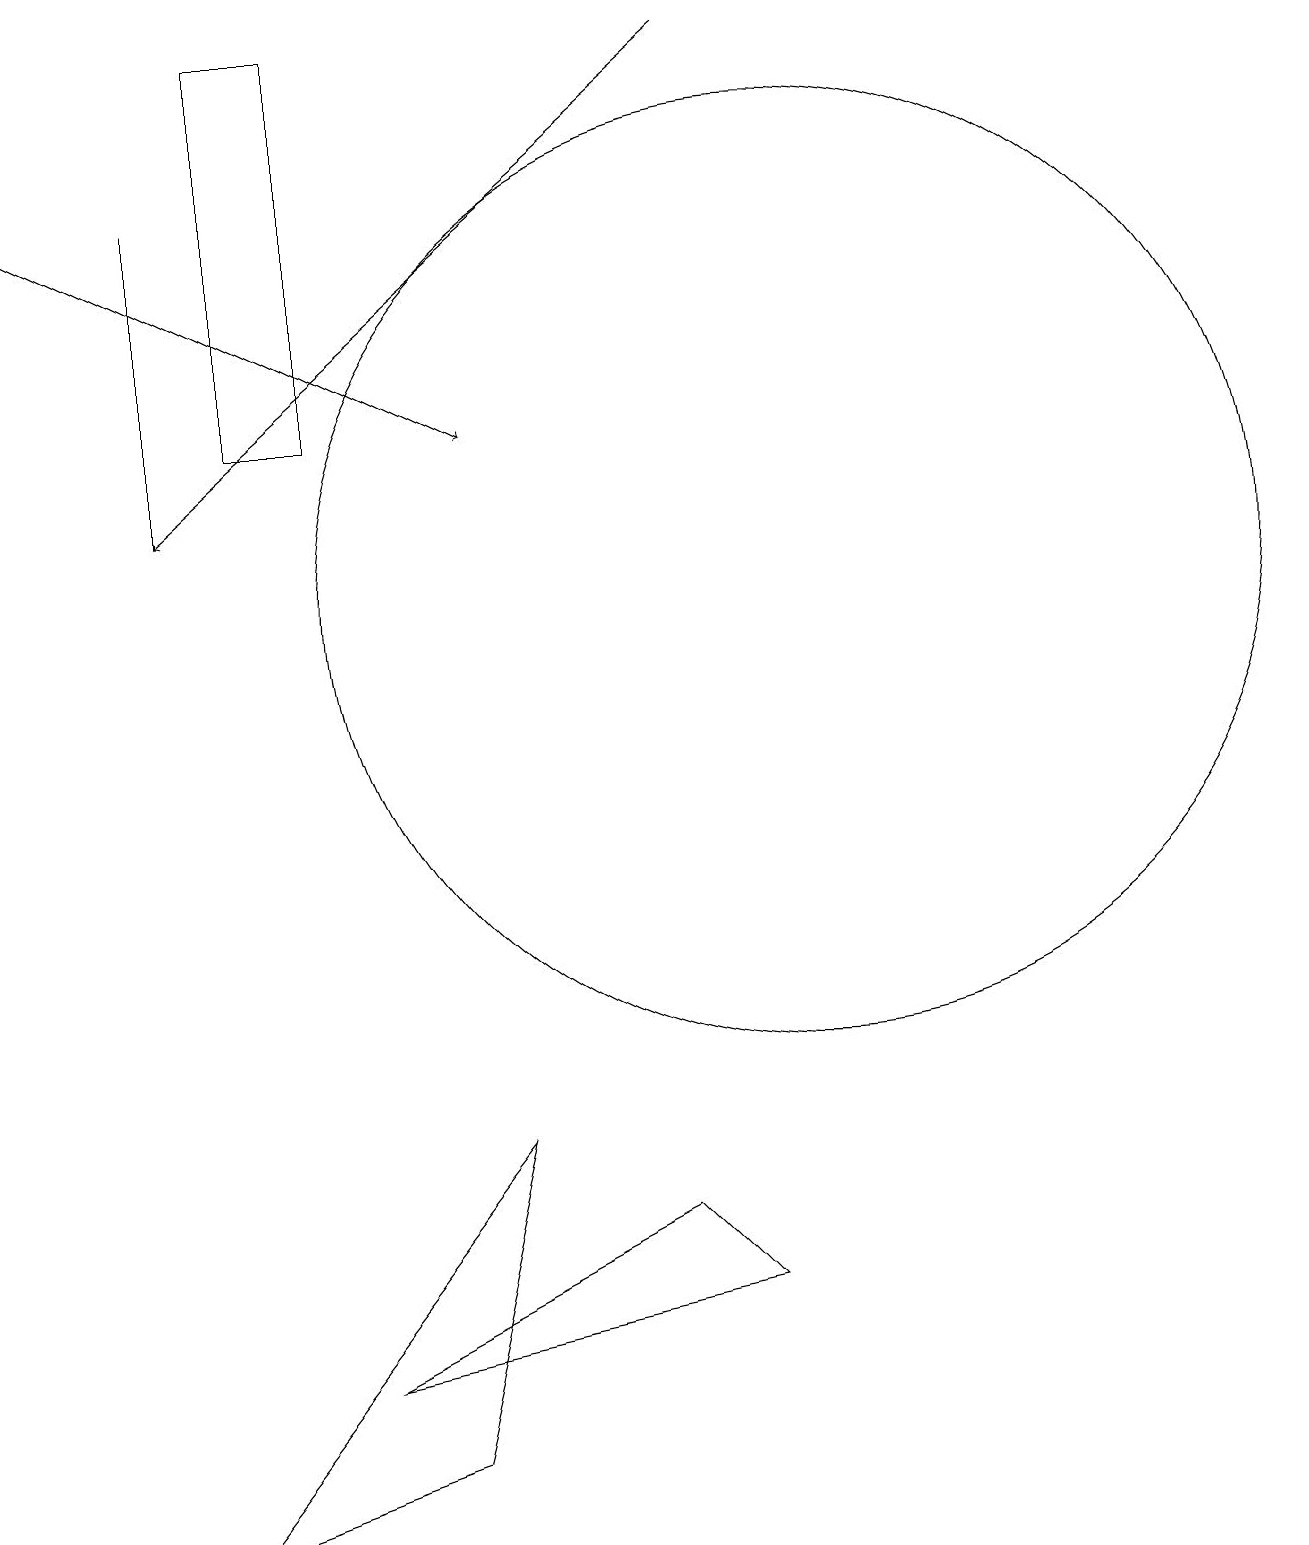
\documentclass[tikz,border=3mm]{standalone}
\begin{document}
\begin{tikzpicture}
\draw (10,12) circle (6);
\draw (8,4) -- (9,3) -- (4,2) -- cycle;
\draw (2,17) rectangle (2,13);
\draw[->] (0,17) -- (6,14);
\draw (11,12) circle (0);
\draw[->] (9,19) -- (2,13);
\draw (3,14) rectangle (4,19);
\draw (5,1) -- (6,5) -- (2,0) -- cycle;
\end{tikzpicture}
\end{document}